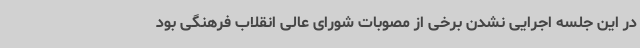
در این جلسه اجرایی نشدن برخی از مصوبات شورای عالی انقلاب فرهنگی بود